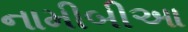
નામીબીઆ